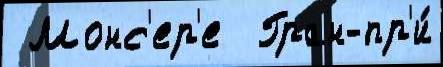
 Монс'ер'е  Гран-пр'и́